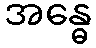
အန္ဓေ